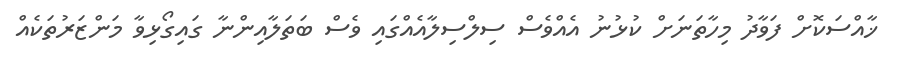
ޚާއްސަކޮށް ފަވާދު މިހާތަނަށް ކުޅުނު އެއްވެސް ސިލްސިލާއެއްގައި ވެސް ބަތަލާއިންނާ ގައިގޯޅިވާ މަންޒަރުތަކެއް